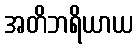
အတိဘရိယာယ